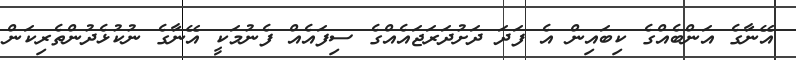
އޭނާގެ އަންބެއްގެ ކިބައިން އެ ފަދަ ދަށުދަރަޖައެއްގެ ސިފައެއް ފެނުމަކީ އޭނާގެ ނުކުޅެދުންތެރިކަން